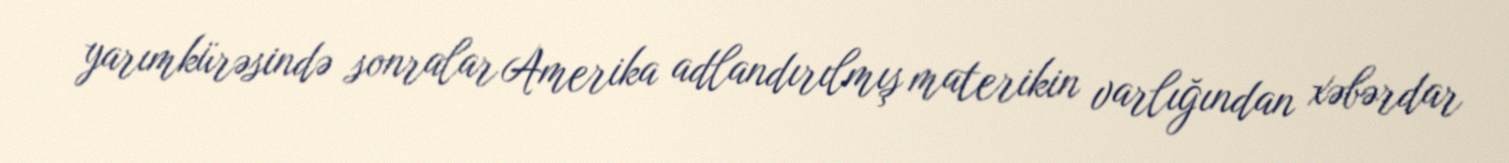
yarımkürəsində sonralar Amerika adlandırılmış materikin varlığından xəbərdar